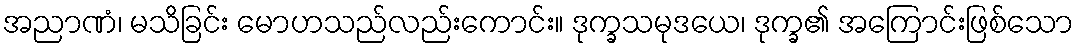
အညာဏံ၊ မသိခြင်း မောဟသည်လည်းကောင်း။ ဒုက္ခသမုဒယေ၊ ဒုက္ခ၏ အကြောင်းဖြစ်သော